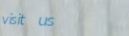
visit us